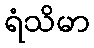
ရံသိမာ